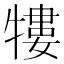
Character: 𤛠